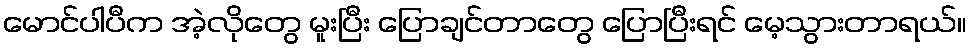
မောင်ပါပီက အဲ့လိုတွေ မူးပြီး ပြောချင်တာတွေ ပြောပြီးရင် မေ့သွားတာရယ်။